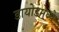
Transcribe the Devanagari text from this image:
डायोडमध्ये